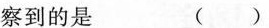
察到的是 （）